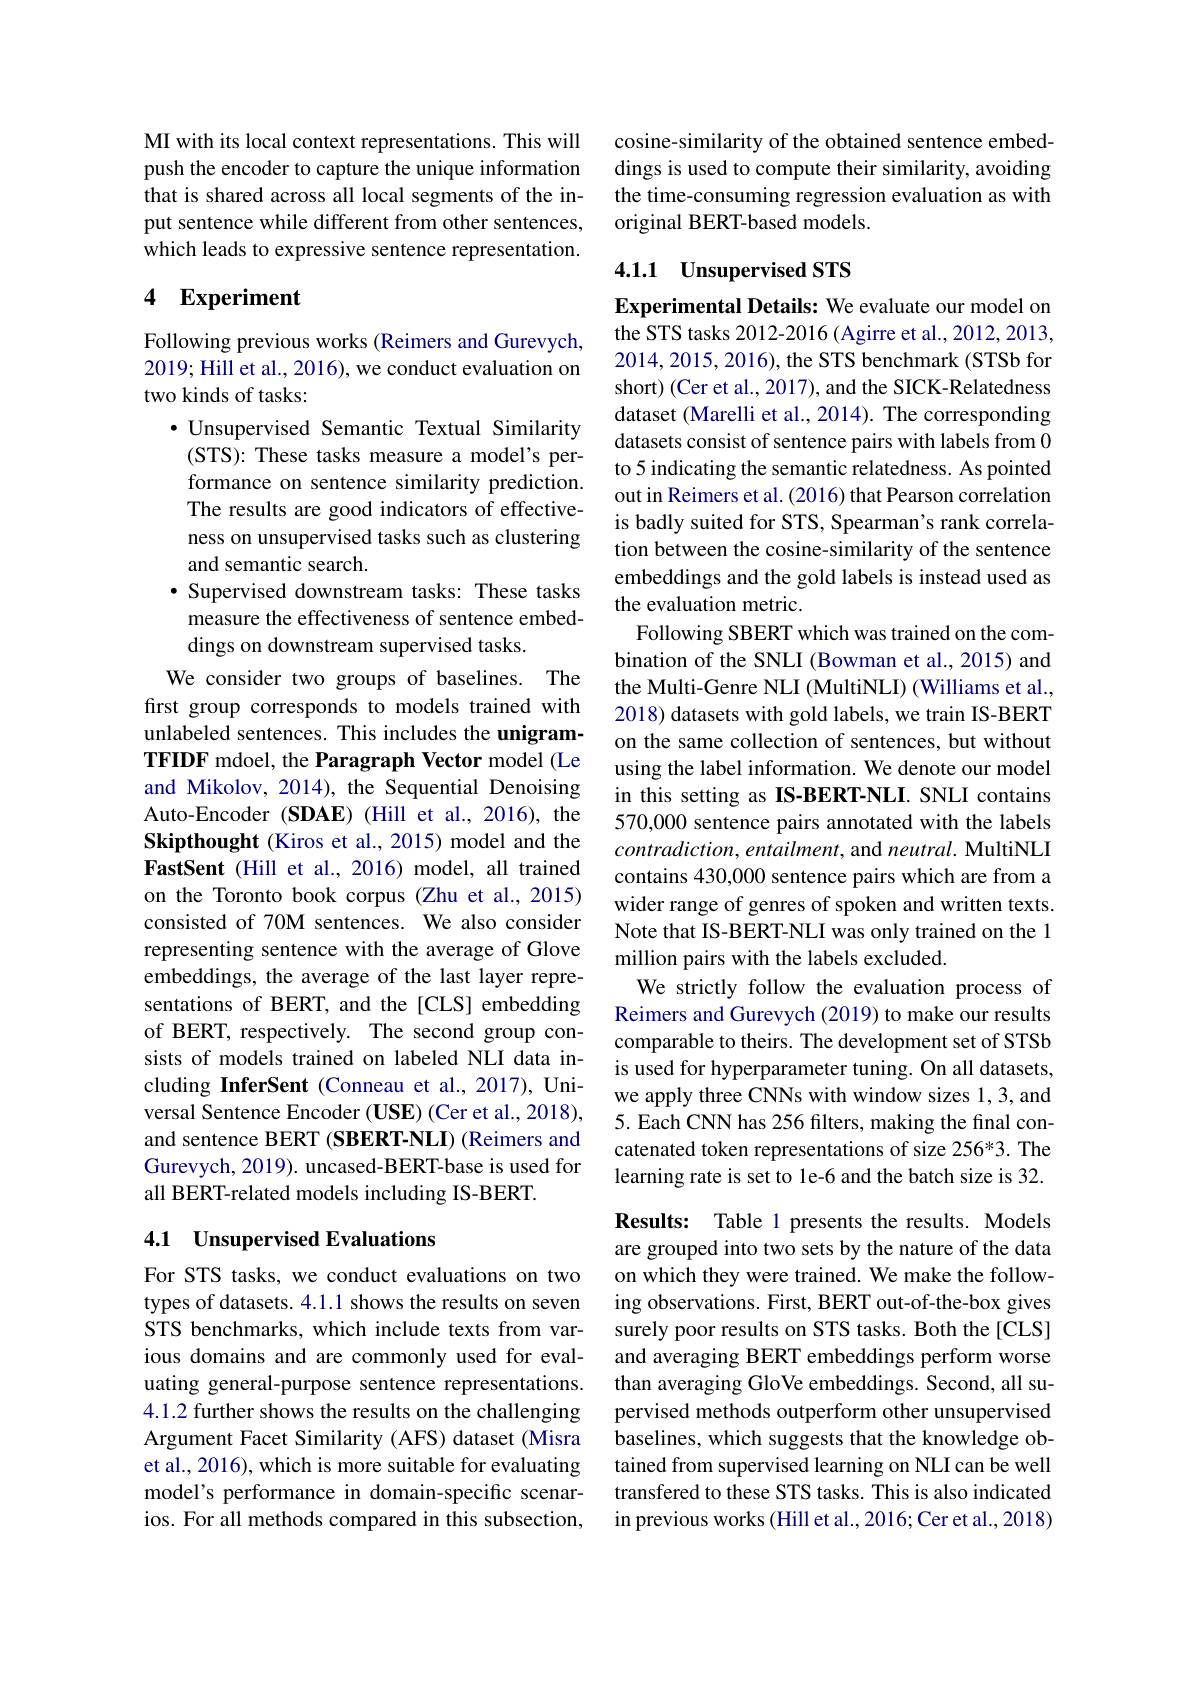
MI with its local context representations. This will push the encoder to capture the unique information that is shared across all local segments of the input sentence while different from other sentences, which leads to expressive sentence representation.

## 4 Experiment

Following previous works (Reimers and Gurevych, 2019; Hill et al., 2016), we conduct evaluation on two kinds of tasks:

$\cdot$ Unsupervised Semantic Textual Similarity (STS): These tasks measure a model's performance on sentence similarity prediction. The results are good indicators of effectiveness on unsupervised tasks such as clustering and semantic search.
$\bullet$ Supervised downstream tasks: These tasks measure the effectiveness of sentence embeddings on downstream supervised tasks.
We consider two groups of baselines. The first group corresponds to models trained with unlabeled sentences. This includes the unigramTFIDF mdoel, the Paragraph Vector model (Le and Mikolov, 2014), the Sequential Denoising Auto-Encoder (SDAE) (Hill et al., 2016), the Skipthought (Kiros et al., 2015) model and the FastSent (Hill et al., 2016) model, all trained on the Toronto book corpus (Zhu et al.,2015) consisted of 70M sentences. We also consider representing sentence with the average of Glove embeddings, the average of the last layer representations of BERT, and the [CLS] embedding of BERT, respectively. The second group consists of models trained on labeled NLI data including InferSent (Conneau et al., 2017), Universal Sentence Encoder (USE) (Cer et al., 2018), and sentence BERT (SBERT-NLI) (Reimers and Gurevych, 2019). uncased-BERT-base is used for all BERT-related models including IS-BERT.

## 4.1 Unsupervised Evaluations

For STS tasks, we conduct evaluations on two types of datasets. 4.1.1 shows the results on seven STS benchmarks, which include texts from various domains and are commonly used for evaluating general-purpose sentence representations. 4.1.2 further shows the results on the challenging Argument Facet Similarity (AFS) dataset (Misra et al., 2016), which is more suitable for evaluating model's performance in domain-specific scenarios. For all methods compared in this subsection,

cosine-similarity of the obtained sentence embeddings is used to compute their similarity, avoiding the time-consuming regression evaluation as with original BERT-based models.

## 4.1.1 Unsupervised STS

Experimental Details: We evaluate our model on

the STS tasks 2012-2016 (Agirre et al., 2012, 2013, 2014, 2015, 2016), the STS benchmark (STSb for short) (Cer et al., 2017), and the SICK-Relatedness dataset (Marelli et al., 2014). The corresponding datasets consist of sentence pairs with labels from 0 to 5 indicating the semantic relatedness. As pointed out in Reimers et al. (2016) that Pearson correlation is badly suited for STS, Spearman's rank correlation between the cosine-similarity of the sentence embeddings and the gold labels is instead used as the evaluation metric.
Following SBERT which was trained on the combination of the SNLI (Bowman et al., 2015) and the Multi-Genre NLI (MultiNLI) (Williams et al., 2018) datasets with gold labels, we train IS-BERT on the same collection of sentences, but without using the label information. We denote our model in this setting as IS-BERT-NLI. SNLI contains 570,000 sentence pairs annotated with the labels $contradiction,entailment$, and neutral. MultiNLI contains 430,000 sentence pairs which are from a wider range of genres of spoken and written texts. Note that IS-BERT-NLI was only trained on the 1 million pairs with the labels excluded.
We strictly follow the evaluation process of Reimers and Gurevych (2019) to make our results comparable to theirs. The development set of STSb is used for hyperparameter tuning. On all datasets, we apply three CNNs with window sizes 1,3,and 5. Each CNN has 256 filters, making the final concatenated token representations of size 256*3. The learning rate is set to le-6 and the batch size is 32. Results: Table 1 presents the results. Models are grouped into two sets by the nature of the data on which they were trained. We make the following observations. First, BERT out-of-the-box gives surely poor results on STS tasks. Both the[CLS] and averaging BERT embeddings perform worse than averaging GloVe embeddings. Second, all supervised methods outperform other unsupervised baselines, which suggests that the knowledge obtained from supervised learning on NLI can be well transfered to these STS tasks. This is also indicated in previous works (Hill et al., 2016; Cer et al., 2018)